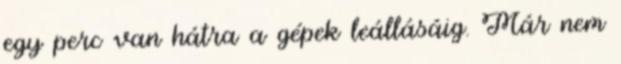
egy perc van hátra a gépek leállásáig. Már nem